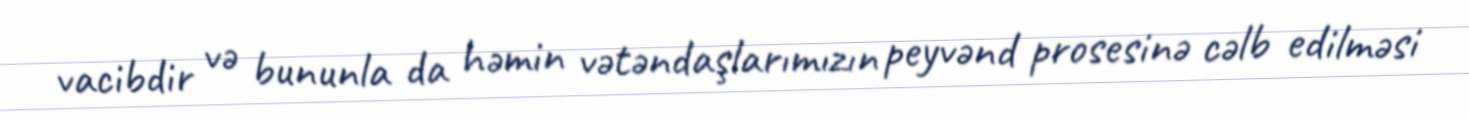
vacibdir və bununla da həmin vətəndaşlarımızın peyvənd prosesinə cəlb edilməsi